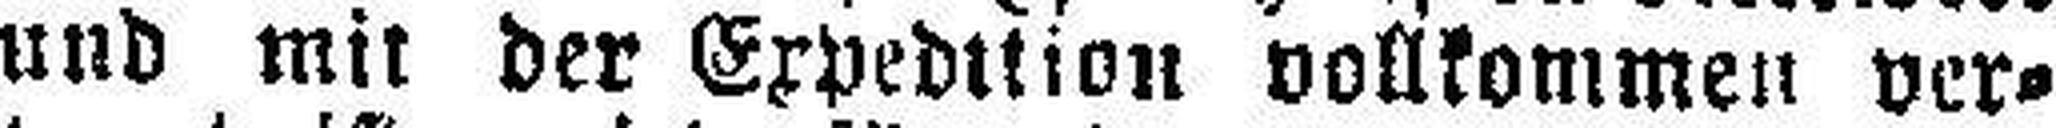
und mit der Expedition vollkommen ver¬